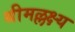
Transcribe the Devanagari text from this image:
श्रीमल्लक्ष्य